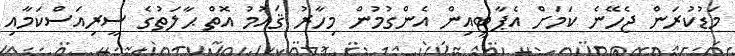
މަޑުކުރަން ޖެހޭނެ ކަމަށް އެޕާޓީއިން އެންގުމުން މިހާރު ޤައުމު އޮތް ޙާލަތުގެ ސީރިއަސްކަމާއި